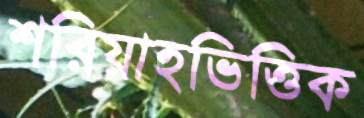
শরিয়াহভিত্তিক